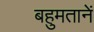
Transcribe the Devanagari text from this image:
बहुमतानें